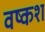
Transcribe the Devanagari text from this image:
वष्कश